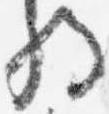
将